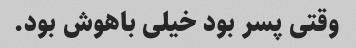
وقتی پسر بود خیلی باهوش بود.